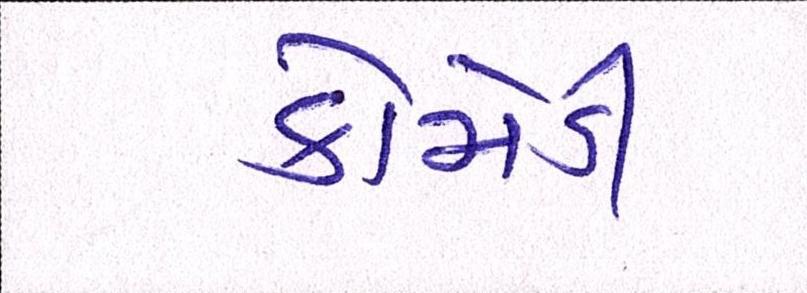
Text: કોમેડી